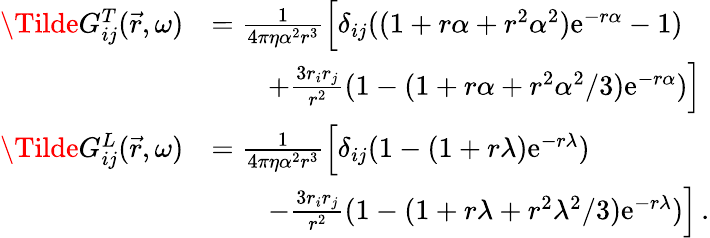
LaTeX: \begin{array}{rl}{\Tilde{G}_{ij}^{T}(\vec{r},\omega)}&{=\frac{1}{4\pi\eta\alpha^{2}r^{3}}\Big[\delta_{ij}((1+r\alpha+r^{2}\alpha^{2})\mathrm{e}^{-r\alpha}-1)}\\ &{\qquad+\frac{3r_{i}r_{j}}{r^{2}}(1-(1+r\alpha+r^{2}\alpha^{2}/3)\mathrm{e}^{-r\alpha})\Big]}\\ {\Tilde{G}_{ij}^{L}(\vec{r},\omega)}&{=\frac{1}{4\pi\eta\alpha^{2}r^{3}}\Big[\delta_{ij}(1-(1+r\lambda)\mathrm{e}^{-r\lambda})}\\ &{\qquad-\frac{3r_{i}r_{j}}{r^{2}}(1-(1+r\lambda+r^{2}\lambda^{2}/3)\mathrm{e}^{-r\lambda})\Big]\, .}\end{array}